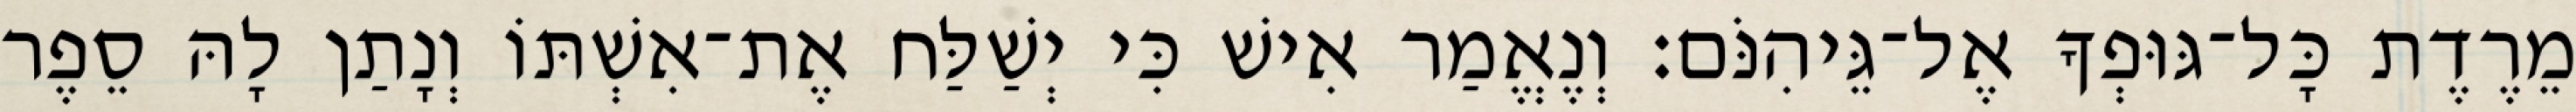
מֵרֶדֶת כָּל־גּוּפְךָ אֶל־גֵּיהִנֹּם׃ וְנֶאֱמַר אִישׁ כִּי יְשַׁלַּח אֶת־אִשְׁתּוֹ וְנָתַן לָהּ סֵפֶר